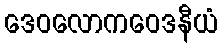
ဒေဝလောကဝေဒနီယံ